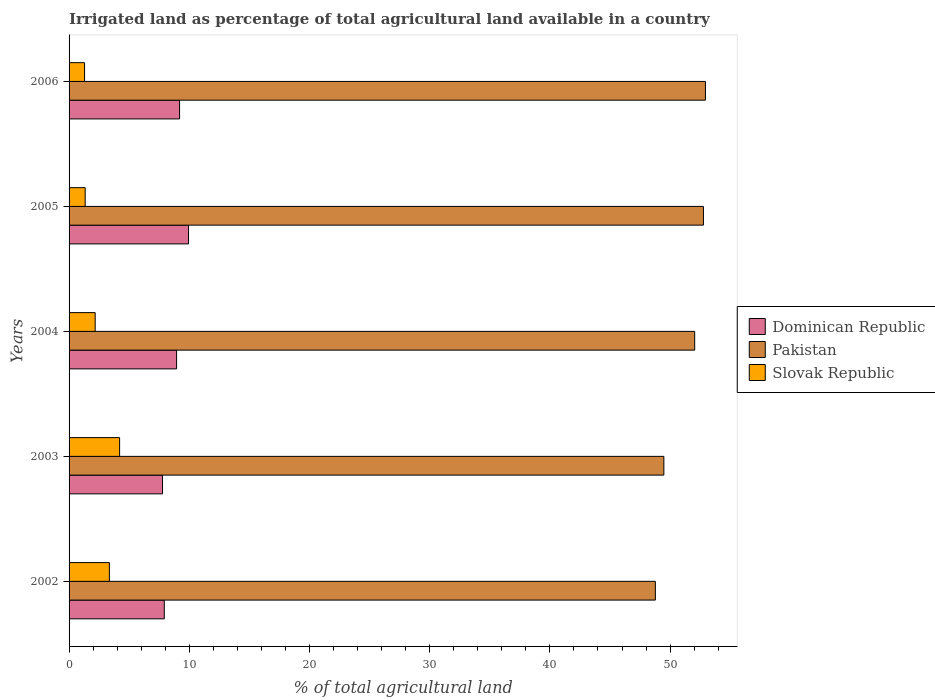
| Years | Dominican Republic | Pakistan | Slovak Republic |
 | --- | --- | --- | --- |
 | 2002 | 7.92 | 48.8 | 3.35 |
 | 2003 | 7.77 | 49.5 | 4.2 |
 | 2004 | 8.94 | 52 | 2.17 |
 | 2005 | 9.94 | 52.8 | 1.34 |
 | 2006 | 9.19 | 52.9 | 1.29 |